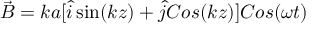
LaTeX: \vec { B } = k a [ \hat { i } \sin ( k z ) + \hat { j } C o s ( k z ) ] C o s ( \omega t )